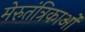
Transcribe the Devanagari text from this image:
मेरुतंत्रिकाओं